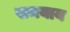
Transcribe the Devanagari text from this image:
समयाय